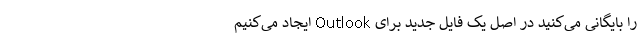
را بایگانی می­‌کنید در اصل یک فایل جدید برای Outlook ایجاد می­‌کنیم